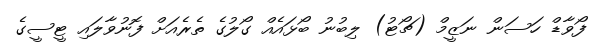
ފޯވާޑް ހަސަން ނަޒީމް (ޗޯޓު) ލިބުނު ބޯޅައެއް ގޯލުގެ ތެރެއަށް ފޮނުވާލައި ޓީސީގެ